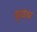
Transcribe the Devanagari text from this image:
हवंय